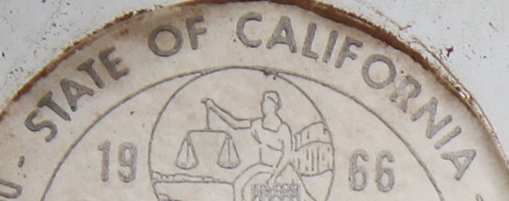
STATE OF CALIFORNIA